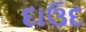
દાઉદ